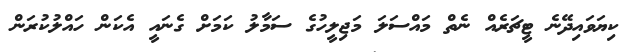
ކިޔަވައިދޭނެ ޓީޗަރެއް ނެތް މައްސަލަ މަޖިލީހުގެ ސަމާލު ކަމަށް ގެނައީ އެކަން ހައްލުކުރަން